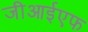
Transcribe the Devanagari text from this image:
जीआईएफ